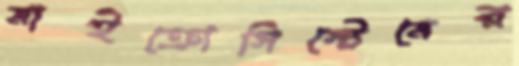
মাইক্রোসিস্টেমের